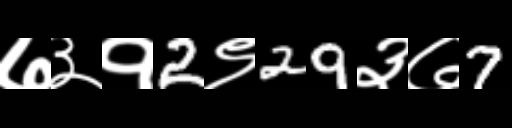
Text: ७३१2९29३७7